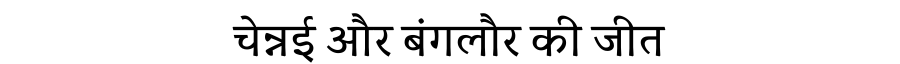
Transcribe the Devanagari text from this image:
चेन्नई और बंगलौर की जीत